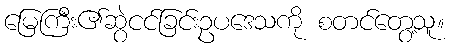
မြေကြီး၏ဆွဲငင်ခြင်းဥပဒေသကို စတင်တွေ့သူ။